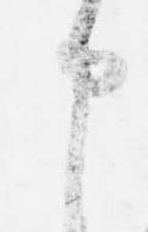
申